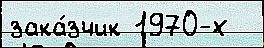
зака́зчик 1970-х